Medical and sanitary report of the native army of Madras for the year
Year: 1872
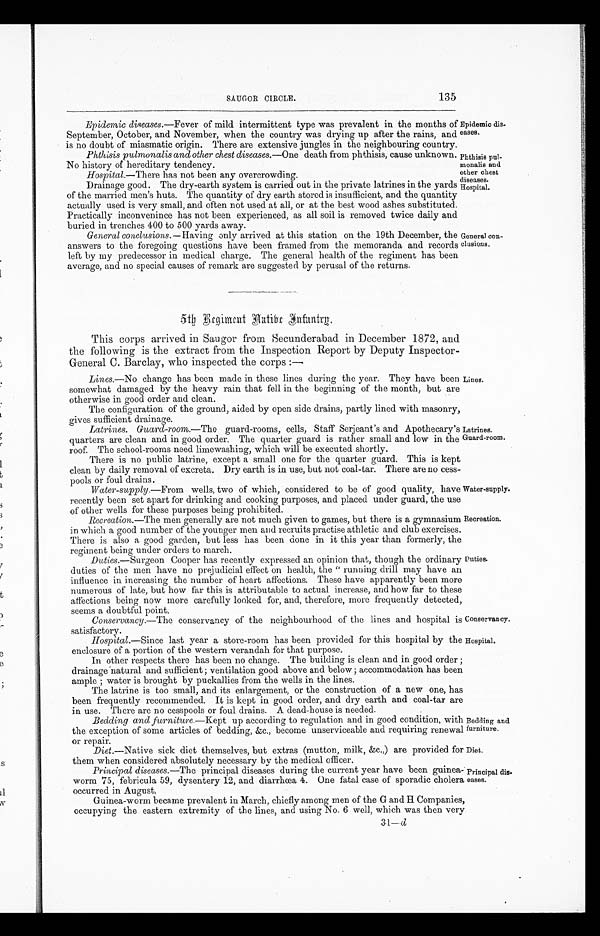
SAUGOR CIRCLE.
135
Epidemic diseases. —Fever of mild intermittent type was prevalent in the months of
September, October, and November, when the country was drying up after the rains, and
is no doubt of miasmatic origin. There are extensive jungles in the neighbouring country.
Phthisis palmonalis and other chest diseases. —One death from phthisis, cause unknown.
No history of hereditary tendency.
Hospital. —There has not been any overcrowding.
Drainage good. The dry-earth system is carried out in the private latrines in the yards
of the married men's huts. The quantity of dry earth stored is insufficient, and the quantity
actually used is very small, and often not used at all, or at the best wood ashes substituted.
Practically inconvenince has not been experienced, as all soil is removed twice daily and
buried in trenches 400 to 500 yards away.
General conclusions. —Having only arrived at this station on the 19th December, the
answers to the foregoing questions have been framed from the memoranda and records
left by my predecessor in medical charge. The general health of the regiment has been
average, and no special causes of remark are suggested by perusal of the returns.
Epidemic dis
-
eases.
Phthisis pul-
monalis and
other chest
diseases.
Hospital.
General con-
clusions.
5 t h R e g i m e n t N a t i v e I n f a n t r y .
This corps arrived in Saugor from Secunderabad in December 1872, and
the following is the extract from the Inspection Report by Deputy Inspector
-
General C. Barclay, who inspected the corps :—
Lines.—No change has been made in these lines during the year. They have been
somewhat damaged by the heavy rain that fell in the beginning of the month, but are
otherwise in good order and clean.
The configuration of the ground, aided by open side drains, partly lined with masonry,
gives sufficient drainage.
Latrines. Guard-room.—The guard-rooms, cells, Staff Serjeant's and Apothecary's
quarters are clean and in good order. The quarter guard is rather small and low in the
roof. The school-rooms need limewashing, which will be executed shortly.
There is no public latrine, except a small one for the quarter guard. This is kept
clean by daily removal of excreta. Dry earth is in use, but not coal-tar. There are no cess
- p o o l s o r f o u l d r a i n s .
Water-supply. —From wells, two of which, considered to be of good quality, have
recently been set apart for drinking and cooking purposes, and placed under guard, the use
of other wells for these purposes being prohibited.
Recreation.—The men generally are not much given to games, but there is a gymnasium
in which a good number of the younger men and recruits practise athletic and club exercises.
There is also a good garden, but less has been done in it this year than formerly, the
regiment being under orders to march.
Duties.—Surgeon Cooper has recently expressed an opinion that, though the ordinary
duties of the men have no prejudicial effect on health, the " running drill may have an
influence in increasing the number of heart affections. These have apparently been more
numerous of late, but how far this is attributable to actual increase, and how far to these
affections being now more carefully looked for, and, therefore, more frequently detected,
seems a doubtful point.
Conservancy.—The conservancy of the neighbourhood of the lines and hospital is
satisfactory.
Hospital. —Since last year a store-room has been provided for this hospital by the
enclosure of a portion of the western verandah for that purpose.
In other respects there has been no change. The building is clean and in good order ;
drainage natural and sufficient ; ventilation good above and below ; accommodation has been
ample ; water is brought by puckallies from the wells in the lines.
The latrine is too small, and its enlargement, or the construction of a new one, has
been frequently recommended. It is kept in good order, and dry earth and coal-tar are
in use. There are no cesspools or foul drains. A dead-house is needed.
Bedding and furniture. —Kept up according to regulation and in good condition, with
the exception of some articles of bedding, &c., become unserviceable and requiring renewal
or repair.
Diet. —Native sick diet themselves, but extras (mutton, milk, &c.,) are provided for
them when considered absolutely necessary by the medical officer.
Principal diseases. —The principal diseases during the current year have been guinea-
worm 75, febricula 59, dysentery 12, and diarrhœa 4. One fatal case of sporadic cholera
occurred in August.
Guinea-worm became prevalent in March, chiefly among men of the G and H Companies,
occupying the eastern extremity of the lines, and using No. 6 well, which was then very
31— d
Lines.
Latrines.
Guard-room.
Water-supply.
Recreation.
Duties.
Conservancy.
Hospital.
Bedding and
furniture.
Diet.
Principal dis-
eases.